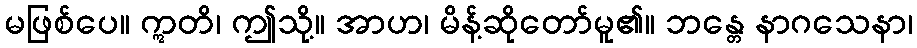
မဖြစ်ပေ။ ဣတိ၊ ဤသို့။ အာဟ၊ မိန့်ဆိုတော်မူ၏။ ဘန္တေ နာဂသေနာ၊